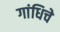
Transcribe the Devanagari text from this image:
गांधिचे